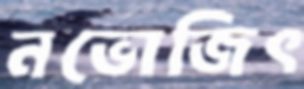
নভোজিৎ